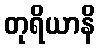
တုရိယာနိ